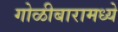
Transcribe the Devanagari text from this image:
गोळीबारामध्ये